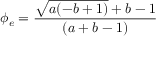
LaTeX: \phi _ { e } = { \frac { { \sqrt { a ( - b + 1 ) } } + b - 1 } { ( a + b - 1 ) } }